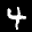
Label: 4